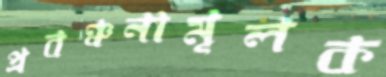
প্রবঞ্চনামূলক